[Report on the health of British troops in the Madras command]
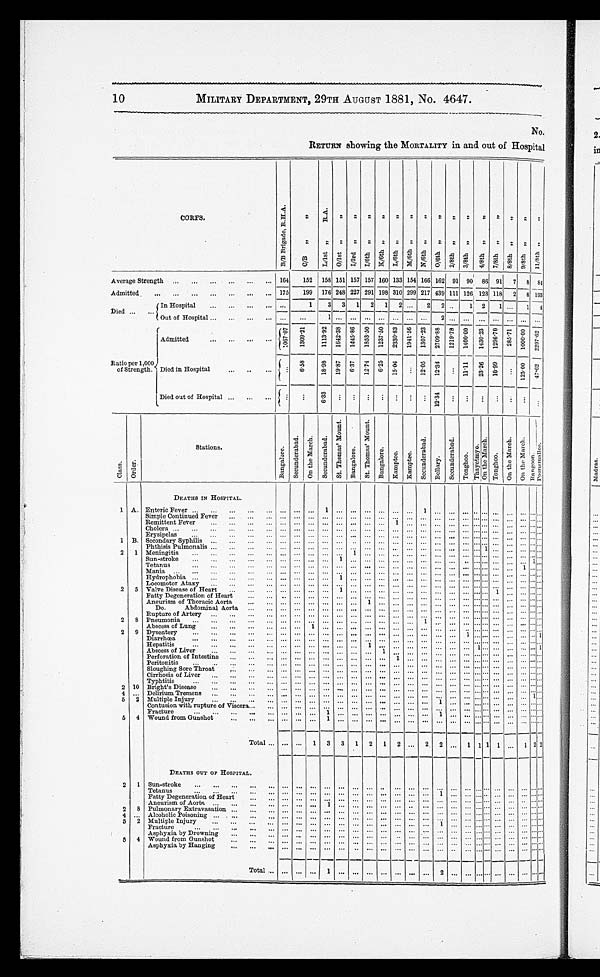
10
MILITARY DEPARTMENT, 29TH AUGUST 1881, No. 4647.
N
O
RETURN showing the MORTALITY in and out of Hospital
CORPS.
B / B B r i g a d e , R . H . A .
C/B ,, ,,
L / I s t , , , , O / I s t , , , ,
I/3RD ,, ,,I/6th ,, ,, K/6th ,, ,,L/6th ,, ,,M/6th ,, ,,N/6th ,, ,,O/6th ,, ,,2/8th ,, ,, 3/8th ,, ,, 4/8th ,, ,,7 / 8 t h , , , , 2 / 8 t h , , , , 8 / 8 t h , , , , 2 / 8 t h , , , , 9 / 8 t h , , , , 2 / 8 t h , , , ,
1 1 / 8 t h , , , ,
Average Strength ... ... ... ... ... ... 164 152 158 151 157 157 160 133 154 166 162 91 90 86 91 7 8 84
Admitted ..................... 175 199 176 248 227 291 198 310 299 217 439 111 126 123
118
2 8 193
Died
In Hospital
... ... ... ...
1
3 3 1 2 1 2 ... 2 2 .. 1 2 1 ...
1 4
... ... Out of Hospital
... ... ...
...
...
... 1 ... ... ... ............2 ...... ............ ...
Admitted
......... ...1 0 6 7 . 0 7
1309.21
1 1 1 3 . 9 2 1 6 4 2 . 3 8 1 4 4 5 . 8 6 1 8 5 3 . 5 0 1 2 3 7 . 5 0 2 3 3 0 . 8 3 1 9 4 1 . 5 6 1 3 0 7 . 2 3 2 7 . 9 . 8 8 1 2 1 9 . 7 8 1 4 0 0 . 0 0 1 4 3 0 . 2 3 1 2 9 6 . 7 0 285.71 1000.00 2297.62
Ratio per 1,000
of Strength. Died in Hospital ... ............
6.58
18.98 19.87 6.37 12.74 6.25 15.04 . . .
12.05 12.34 ...
11.11 2 3 . 2 6
10.99 ...125.00 47.62
Died out of Hospital ... ... ... ...
...
6.33 ............ ... ... ... 12.34 ... ... ... ... ... ... ...
C l a s s
O r d e r .
Stations.
B a n g a l o r e .
S e c u n d e r a b a d . O n t h e M a r c h . S e c u n d e r a b a d .
S t . T h o m a s ' s M o u n t .
B a n g a l o r e .
S t . T h o m a s ' s M o u n t .
B a n g a l o r e . K a r a p t e e . S e c u n d e r a b a d .
B e l l a r y .
S e c u n d e r a b a d .
Tonghoo.
T h a y e t m y o .
O n t h e M a r c h .
T o n g h o o .
O n t h e M a r c h .
O n t h e M a r c h . Rangoon.
P o o n a m a l l e e .
1 A.
DEATHS IN HOSPITAL.
Enteric Fever... ... ... ... ... ... ... ... 1
..................
1
........................ ...
Simple Continued Fever
... ......... ... ... ... ... ... ... ... ... ... ... ........................ ...
Remittent Fever ....................................1 ......... ... ... ......
... ... ... ... ... ... ... ... ...
Cholera ..................................................................... ... ... ...
Erysipelas
... ............ ...................................................... ...
1 B. Secondary Syphilis ... ............... ... ... ... ... ... ... ... ... ... ... ... ... ............... ...
Phthisis Pulmonalis ... ... ... ... ... ... ... ................................. ... ... ... ... ... ...
2 1 Meningitis ... ... ... ... ... ... ... ... ... ... 1 ... ... ... ... ... ... ... ... ............... ...
Sun-stroke ... ... ......... ... ... ... ... ........................ ... ...
... ... ... ... 1 ...
Tetanus
... ... ... .........................................................1 ... ...
Mania
.......................................... . . . ... . . . . . . ... ... ... ... ... ... ...
Hydrophobia ... ... ... ... ... ... ... ... ... 1 ... ... ... ... ... ... ... ... ... ....... ... ...... ...
Locomotor Ataxy ... ... ...... ... ... ... ... ... ... ... ... ... ... ... ... ............... ... ... ...
2 5 Valve Disease of Heart ... ...... ... ... ... ... 1 ..................... ... ... ... ... ... ... ... ...
Fatty Degeneration of Heart
... ... ... ... ... ... ... ... ... ... ... ... ... ... ... ... ... ... ... ... ... ...
Aneurism of Thoracic Aorta
... ... ...... ... ... ... ... ................................. ... ... ...
Do.
Abdominal Aorta ................................................ ...... ... ... ... ...
Rupture of Artery ... ... ... ... ...... ... ... ... ... ... ............ ... ... ... ............... ...
2 8 Pneumonia ... ............ ... ... ... ... ... ... ... ... ... ... ... ... ... ... ... ... ... ... ... ......
Abscess of Lung ... ... ... ... ... ... 1 ............... ... ... ... ... ... ... ... ...... ... ... ...
2 9 Dysentery ................................................ ...
...
... ... ... ... ... ... ... ... ...
Diarrhœa
... ... ... ... ... ... ... ... ... ... ... ... ... ...... ... ....................... ...
Hepatitis ............... ... ... .................. ... ... ...... ... ... ...... ...... ... ...
Abscess of Liver
... ... ... ... ... ... ... ... ... ... ... . . . ........................... ... ... ...
Perforation of Intestine ... ... ... ... ... ... ... ............... ... ... ... ... ... ... ...... ... ... ... ...
Peritonitis ... ......... ... ... ... ... ... ... ... ... ... ............ ... ... ...... ... ... ... ...
Sloughing Sore Throat .................................... ... ... ... ... ... ... ...... ... ... ... ...
Cirrhosis of Liver............ ... ... ... ... ... ... ... ... ... ... ... ... ... ......... . . . ... ... ...
Typhtitis
... ... ... ... ... ... ... ... ... ... ... ... ... ................................. ...
2 10 Bright's Disease ............ ... ... ... ... ... ... ... ...
..
...
...
...
... ... ... ... ... ... ... ... ...
4 ... Delirium Tremens ... ... .................................... ... ... ... ... ...... ... ... ... ...
5 2 Multiple Injury ............................................. 1 ..................... ...
Contusion with rupture of Viscera... ... ... ... ... ... ... ................................. ... ... ... ...
Fracture ................................. ... ... ... ... ... ... ... ... ...... ... ... ... ...
5 4 Wound from Gunshot
... ... ... ... ... ... 1
........................................... ...
Total ... ... ... 1 3 3 1 2 1 2 ...
2 ... 1 1
1
1
... 1 2
2 1
DEATHS OUT OP HOSPITAL.
Sun-stroke ... ... .. ...
...
...
................................................ ...
Tetanus .................. ... ... ... ... ... ... ... ... ... ... ... ... ... ... ... ... ... ... ...
Fatty Degeneration of Heart ... ... ... ... ... ... ... ... ... ... ... ... ... ... ... ... ... ... ...... ... ...
Aneurism of Aorta............................................................ ... ... ... ...
Pulmonary Extravasation............................................................... ...
4 ... Alcoholic Poisoning ... ... ... ... ... ... ... ... ... .......................................... ...
5 2 Multiple Injury
... ... ... ... ... ... ................................................... ...
Fracture
... ... ... ... ... ... ... ... ... ... ... ... ... ... ... ... ... ..................... ... ...
Asphyxia by Drowning ... ... ... ... .............................. ... ... ... ... ... ... ... ... ...
5 4 Wound from Gunshot
... ... ... ... ... ... ... ............................................. ...
Asphyxia by Hanging ........................
... ... ... ... ... ... ... ... ... ...... ... ... ... ...
Total ... .........1 .....................2 ...................... ...